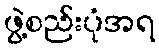
ဖွဲ့စည်းပုံအရ